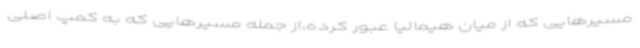
مسیرهایی که از میان هیمالیا عبور کرده،از جمله مسیرهایی که به کمپ اصلی